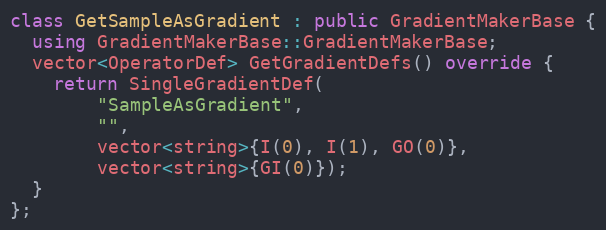
Language: C++
class GetSampleAsGradient : public GradientMakerBase {
  using GradientMakerBase::GradientMakerBase;
  vector<OperatorDef> GetGradientDefs() override {
    return SingleGradientDef(
        "SampleAsGradient",
        "",
        vector<string>{I(0), I(1), GO(0)},
        vector<string>{GI(0)});
  }
};